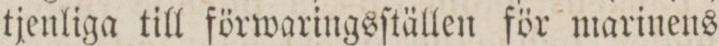
tjenliga till förwaringsſtällen för marinens